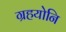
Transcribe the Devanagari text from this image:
ग्रहयोनि